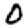
Digit: 0